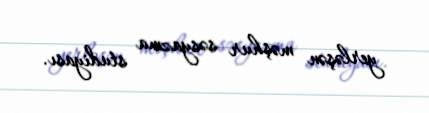
yerləşən məşhur səsyazma studiyası.